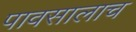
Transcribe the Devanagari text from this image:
पावसालाच